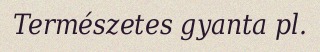
Természetes gyanta pl.